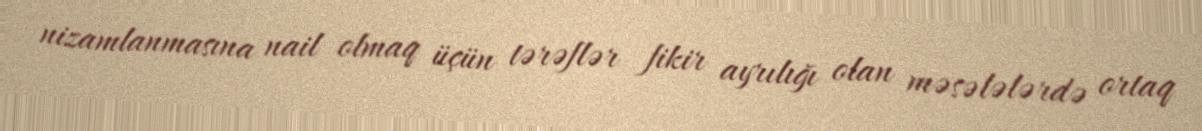
nizamlanmasına nail olmaq üçün tərəflər fikir ayrılığı olan məsələlərdə ortaq